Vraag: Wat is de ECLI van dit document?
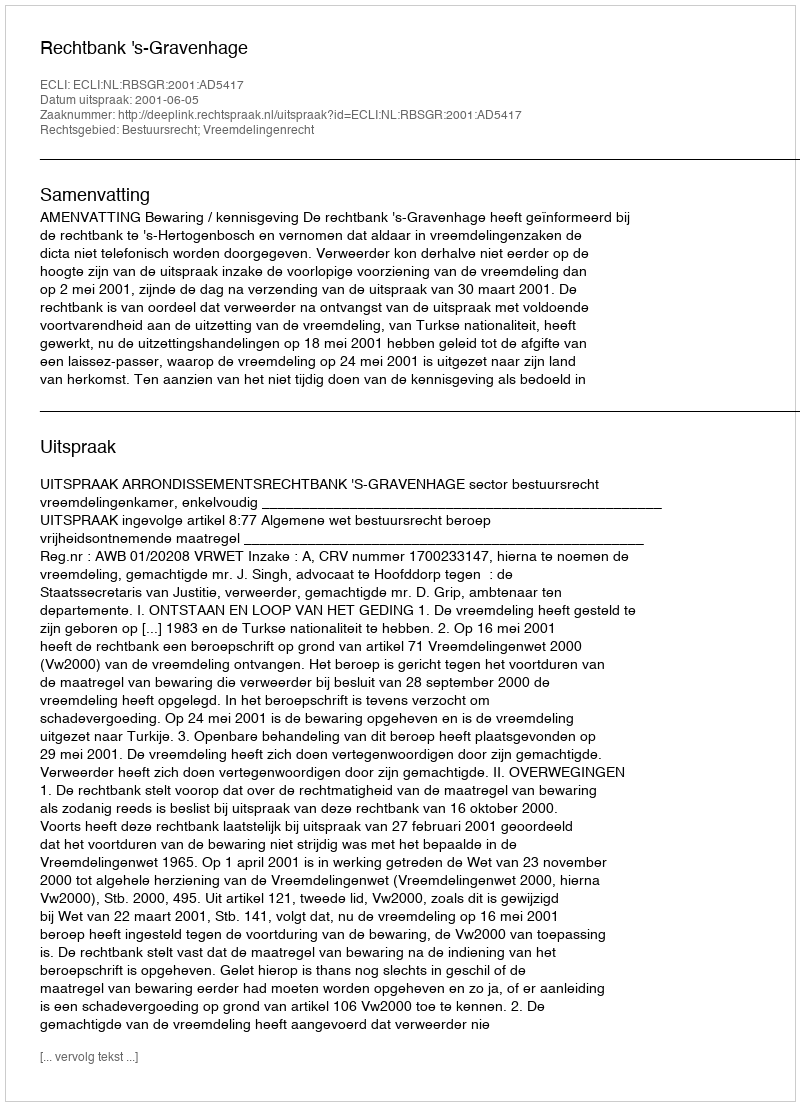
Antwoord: ECLI:NL:RBSGR:2001:AD5417